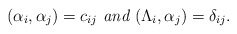
\begin{gather*}(\alpha_i,\alpha_j)=c_{ij} \textit{ and }(\Lambda_i,\alpha_j)=\delta_{ij}.\end{gather*}